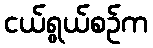
ငယ်ရွယ်စဉ်က